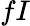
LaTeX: fI